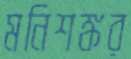
মনিশঙ্কর